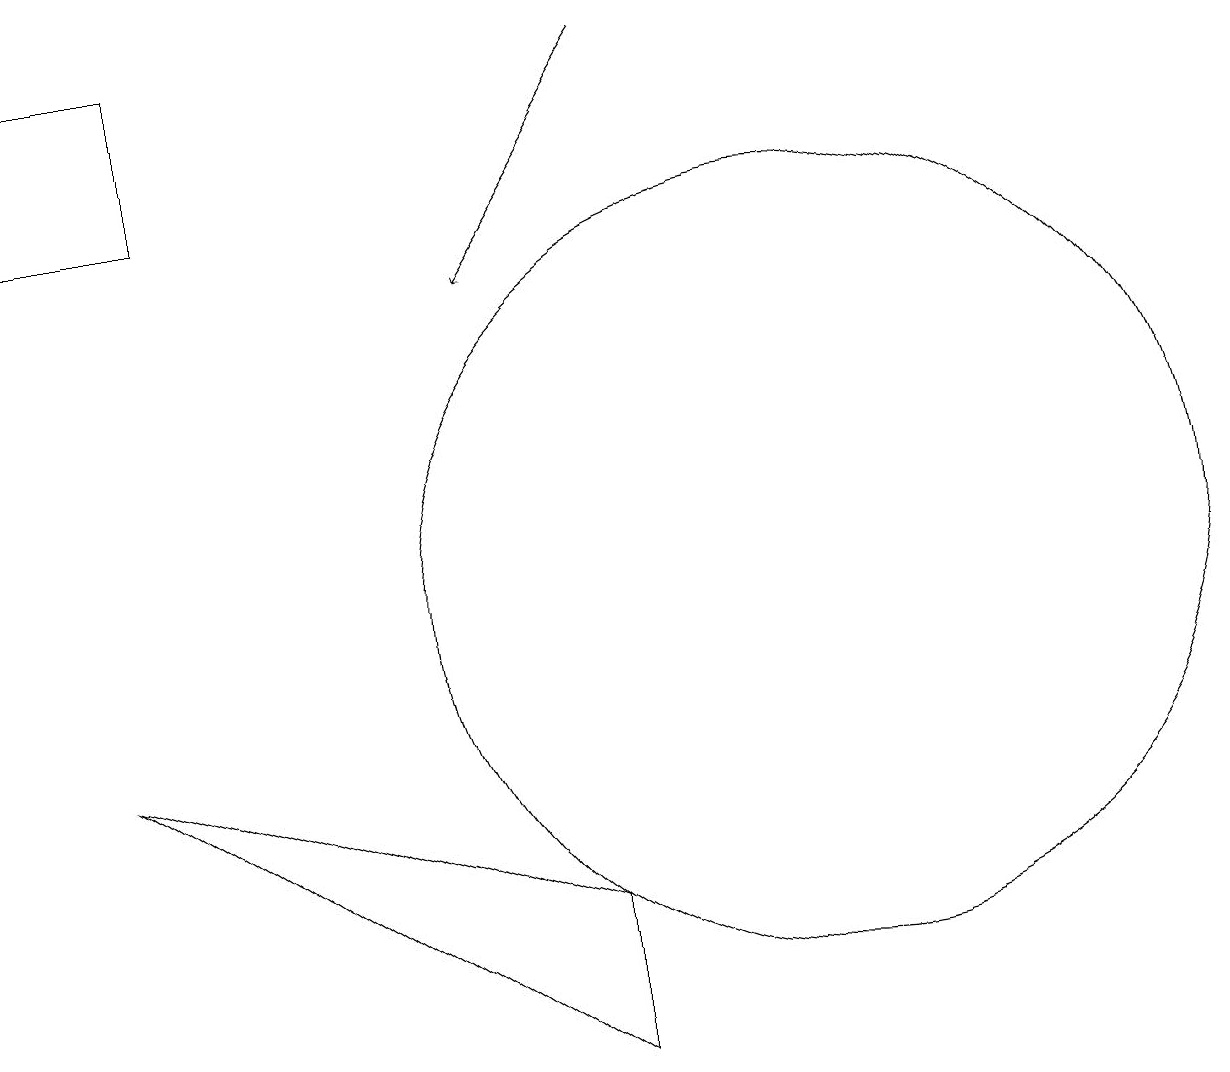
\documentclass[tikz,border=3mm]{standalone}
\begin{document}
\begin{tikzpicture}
\draw[->] (8,17) -- (6,14);
\draw (10,10) circle (5);
\draw (12,10) circle (0);
\draw (1,8) -- (7,4) -- (7,6) -- cycle;
\draw (2,17) rectangle (0,15);
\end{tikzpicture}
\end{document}